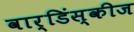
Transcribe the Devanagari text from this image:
वार्डिंस्कीज